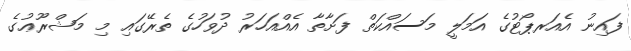
ފައިނު އެއަރޕޯޓުގެ އަމަލީ މަސައްކަތް ފަށާތާ އެއްއަހަރު ދުވަހުގެ ތެރޭގައި މި މަޝްރޫޢުގެ